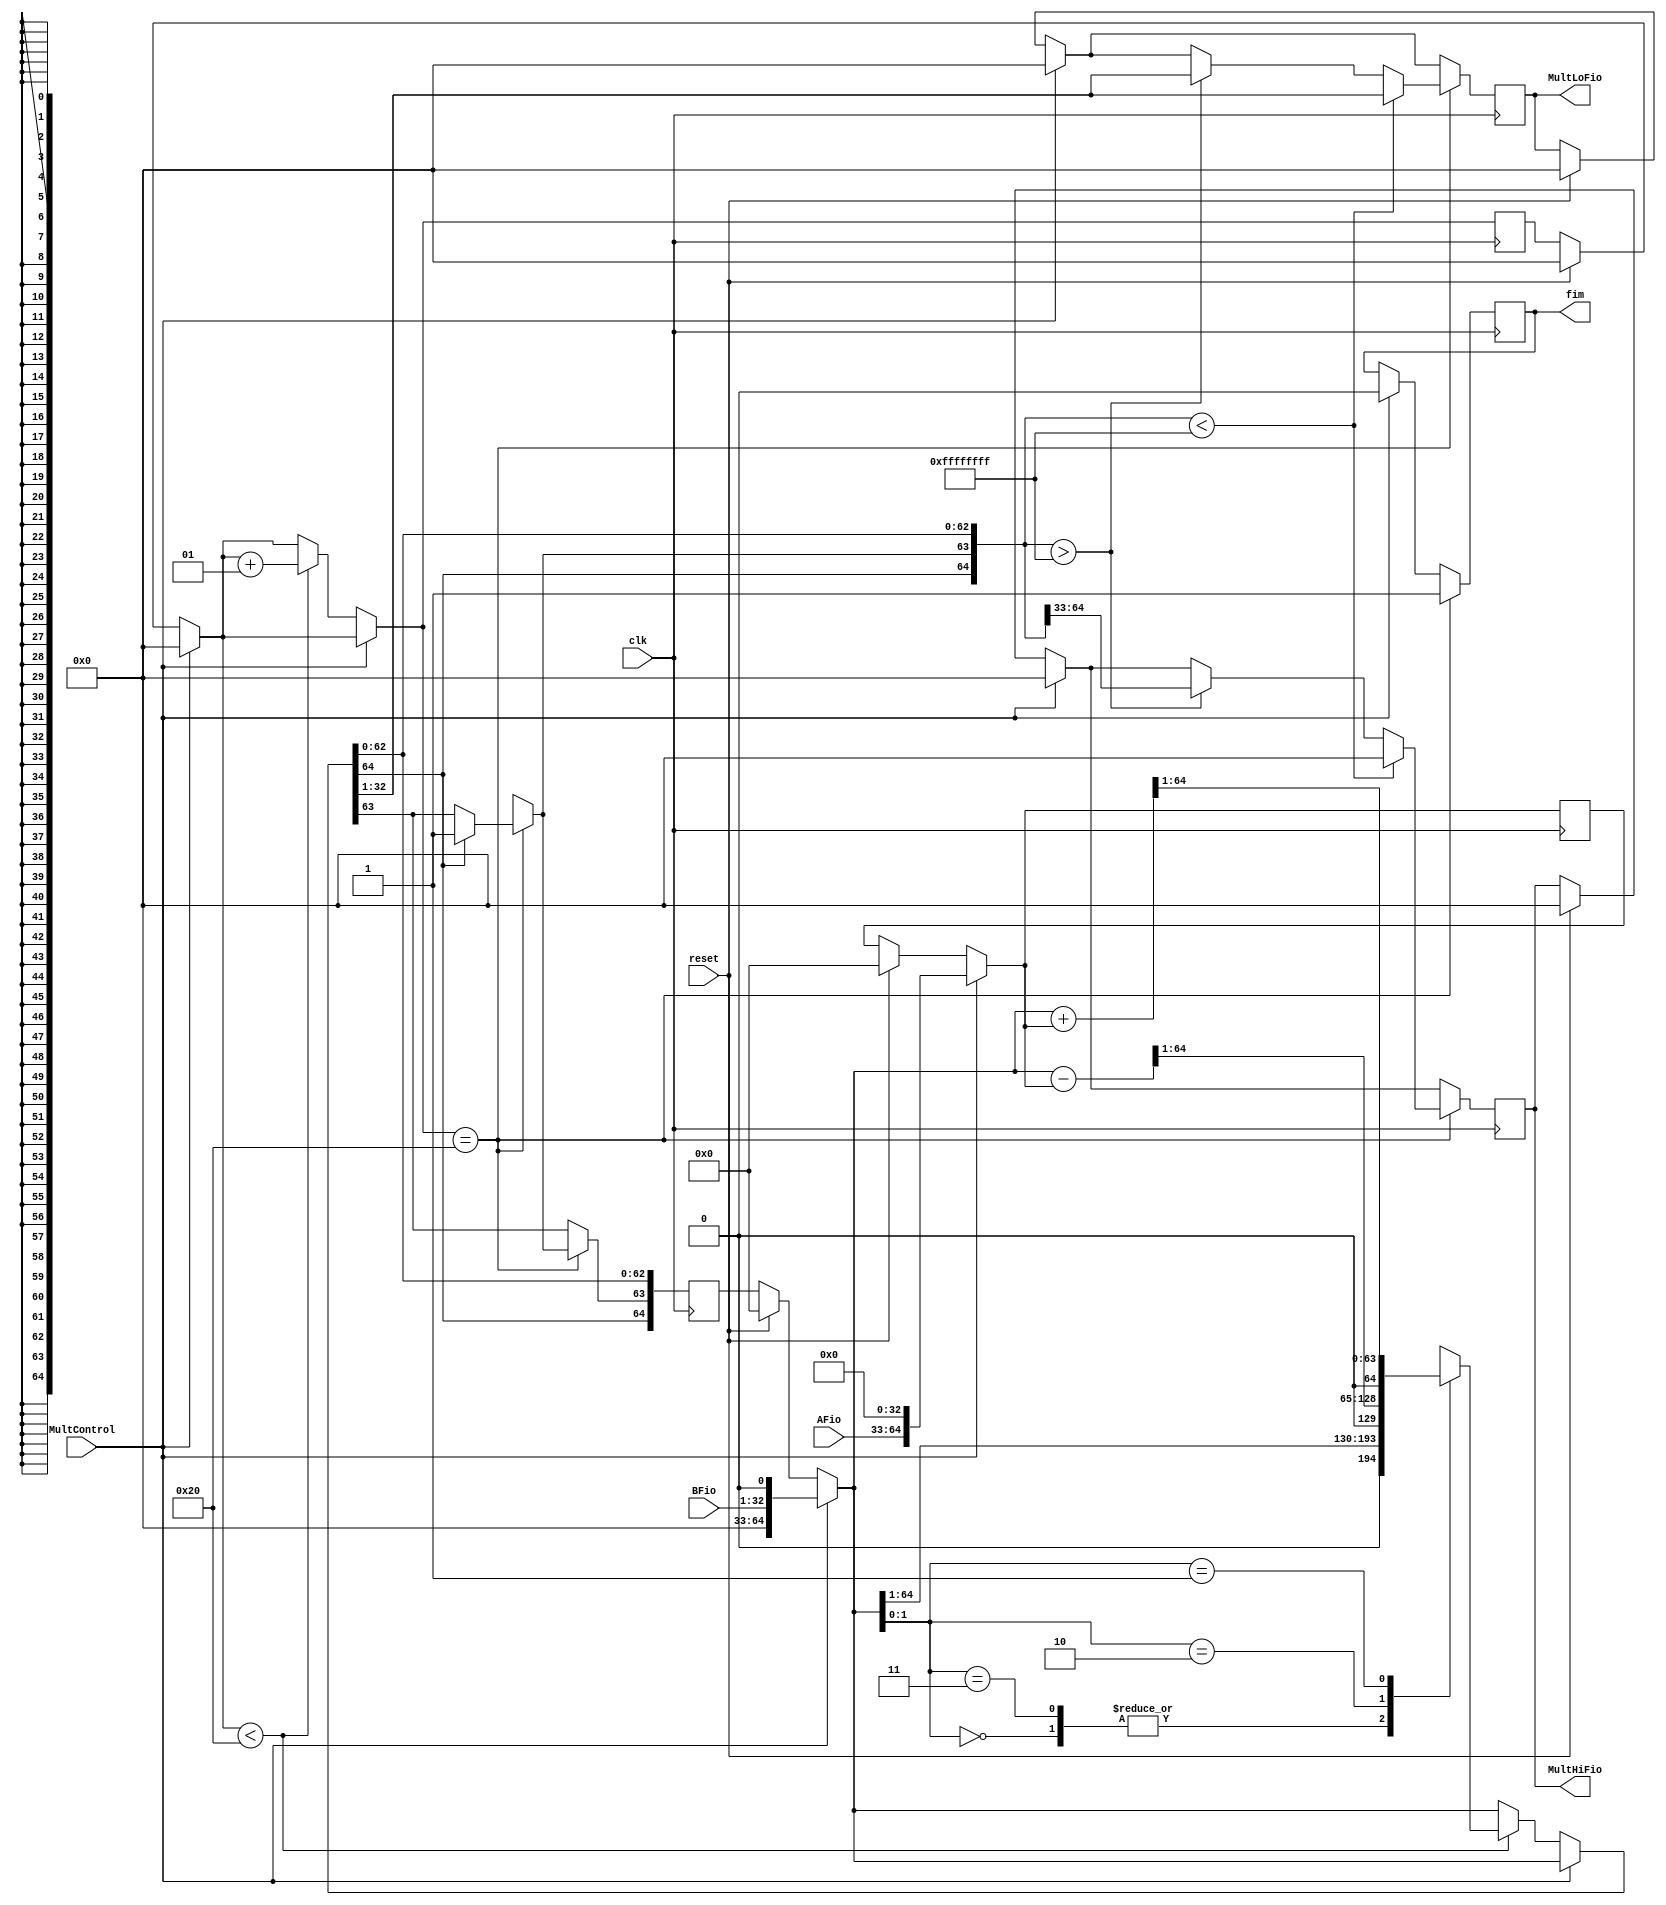
module Mult(input wire MultControl,input wire [31:0] AFio, input wire [31:0] BFio, input wire reset,
			input wire clk,	output reg [31:0] MultLoFio, output reg [31:0] MultHiFio, 
			output reg fim);
//afio M
//bfio Q
	
	reg  Q_1;
	integer i;
	reg [64:0] M;
	reg [64:0] Q;
	
	
always @(posedge clk)
begin
	if(reset == 1)
	begin
		Q_1 =0;
		i=0;
		M = 32'b0;
		Q = 32'b0;
		MultHiFio = 32'd0;
		MultLoFio = 32'd0;
		
	end



	if(MultControl == 1)
		begin
		i = 0;
		M = {AFio,33'd0};
		Q = {32'd0,BFio, 1'd0};
		MultHiFio = 32'd0;
		MultLoFio = 32'd0;
		fim = 0;
		
		end
	if(MultControl==0)
	begin
		if(i<32)
		begin
		case(Q[1:0])
			2'b00:
			begin	
				Q = Q >>1;
				
			end
			
			2'b11:
			begin			
				Q = Q >>1;
				
			end
			
			2'b10:
			begin
				Q = Q - M;
				Q = Q >>1;
				
			end
			
			2'b01:
			begin
				Q = Q + M;
				Q = Q >>1;
				
			end
			
		endcase		
		i = i+1;
		
		end
	end
		if(i == 32)
		begin
			if(Q[64] == 1)
			begin
				Q[63] = 1;
			end
			
			if(Q > {1'b0, {32{1'b1}}})
			begin
				MultHiFio = Q[64:33];
				MultLoFio = Q[32:1];
			end
			if(Q < {1'b0, {32{1'b1}}})
			begin
				MultHiFio = 1'b0;
				MultLoFio = Q[32:1];
			end
			
			fim =1;
		end
	
end
	
endmodule